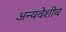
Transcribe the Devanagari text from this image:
अन्यवेशीय